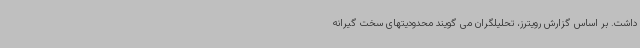
داشت. بر اساس گزارش رویترز، تحلیلگران می گویند محدودیتهای سخت گیرانه